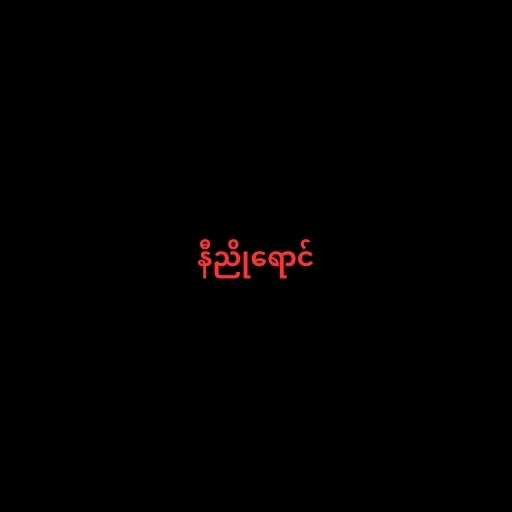
နီညိုရောင်